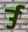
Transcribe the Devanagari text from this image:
र्उ